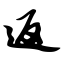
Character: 返